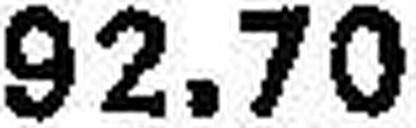
92.70